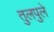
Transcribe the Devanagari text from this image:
तुलपुले